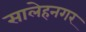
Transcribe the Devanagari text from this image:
सालेहनगर